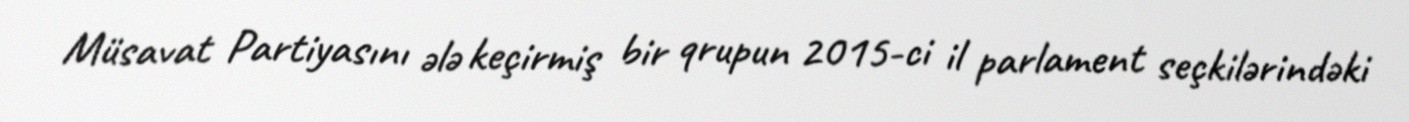
Müsavat Partiyasını ələ keçirmiş bir qrupun 2015-ci il parlament seçkilərindəki